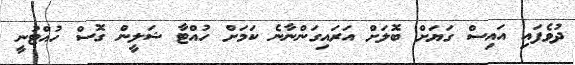
ދުވެފައި އައިސް ގަޔަށް ބޮލަށް އަރައިގަންނާނެ ކަމަށް ހުއްޓާ ޝަލީން ގޮސް ހުއްޓުނީ